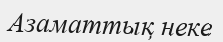
Азаматтық неке